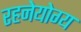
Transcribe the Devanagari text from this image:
रहनेयोग्य